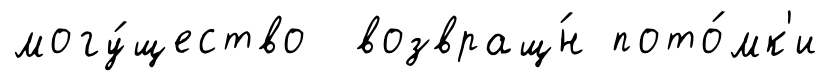
могу́щество возвращ́н пото́мк'и